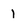
Character: 1